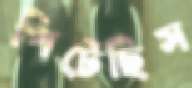
পিটেছিস